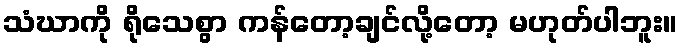
သံဃာကို ရိုသေစွာ ကန်တော့ချင်လို့တော့ မဟုတ်ပါဘူး။